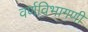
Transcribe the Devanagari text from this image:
वर्णविभागणी